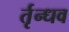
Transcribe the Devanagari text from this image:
र्तृन्धव